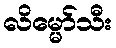
လိမ္မော်သီး